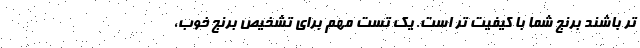
تر باشند برنج شما با کیفیت تر است. یک تست مهم برای تشخیص برنج خوب،